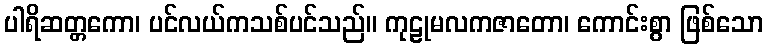
ပါရိဆတ္တကော၊ ပင်လယ်ကသစ်ပင်သည်။ ကုဠုမလကဇာတော၊ ကောင်းစွာ ဖြစ်သော